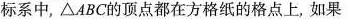
标系中，\triangle ABC的顶点都在方格纸的格点上，如果